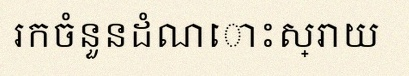
រកចំនួនដំណោះស្រាយ